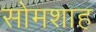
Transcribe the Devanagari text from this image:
सोमशाह